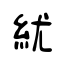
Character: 紌